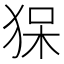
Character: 𤞥